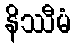
နိဿီမံ